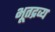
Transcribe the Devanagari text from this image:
भूतद्रव्य